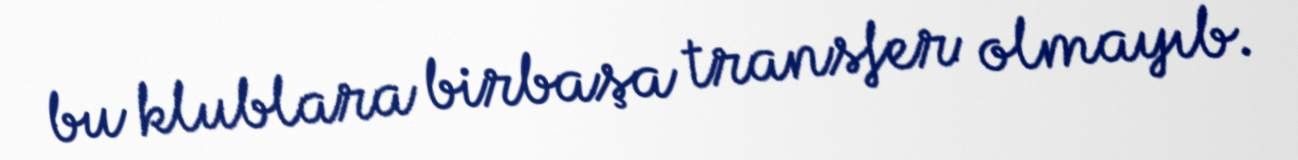
bu klublara birbaşa transfer olmayıb.